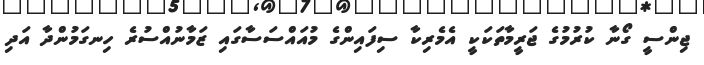
ޖިންސީ ގޯނާ ކުރުމުގެ ޖަރީމާތަކަކީ އެމެރިކާ ސިފައިންގެ މުއައްސަސާގައި ޒަމާނުއްސުރެ ހިނގަމުންދާ އަދި